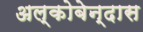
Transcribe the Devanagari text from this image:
अल्कोबेन्दास